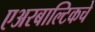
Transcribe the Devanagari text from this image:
एअरबाल्टिकचे